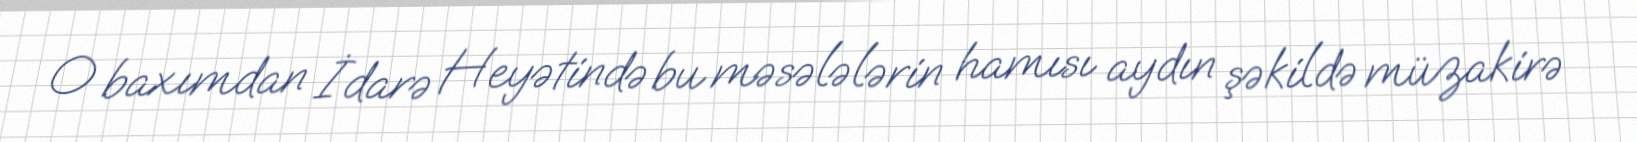
O baxımdan İdarə Heyətində bu məsələlərin hamısı aydın şəkildə müzakirə